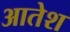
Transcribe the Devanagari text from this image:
आतेश